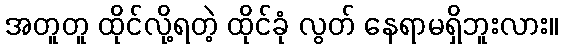
အတူတူ ထိုင်လို့ရတဲ့ ထိုင်ခုံ လွတ် နေရာမရှိဘူးလား။